65_HS1-834228961_62-HQ-83894_Section_6
Agency: FBI
Page 41
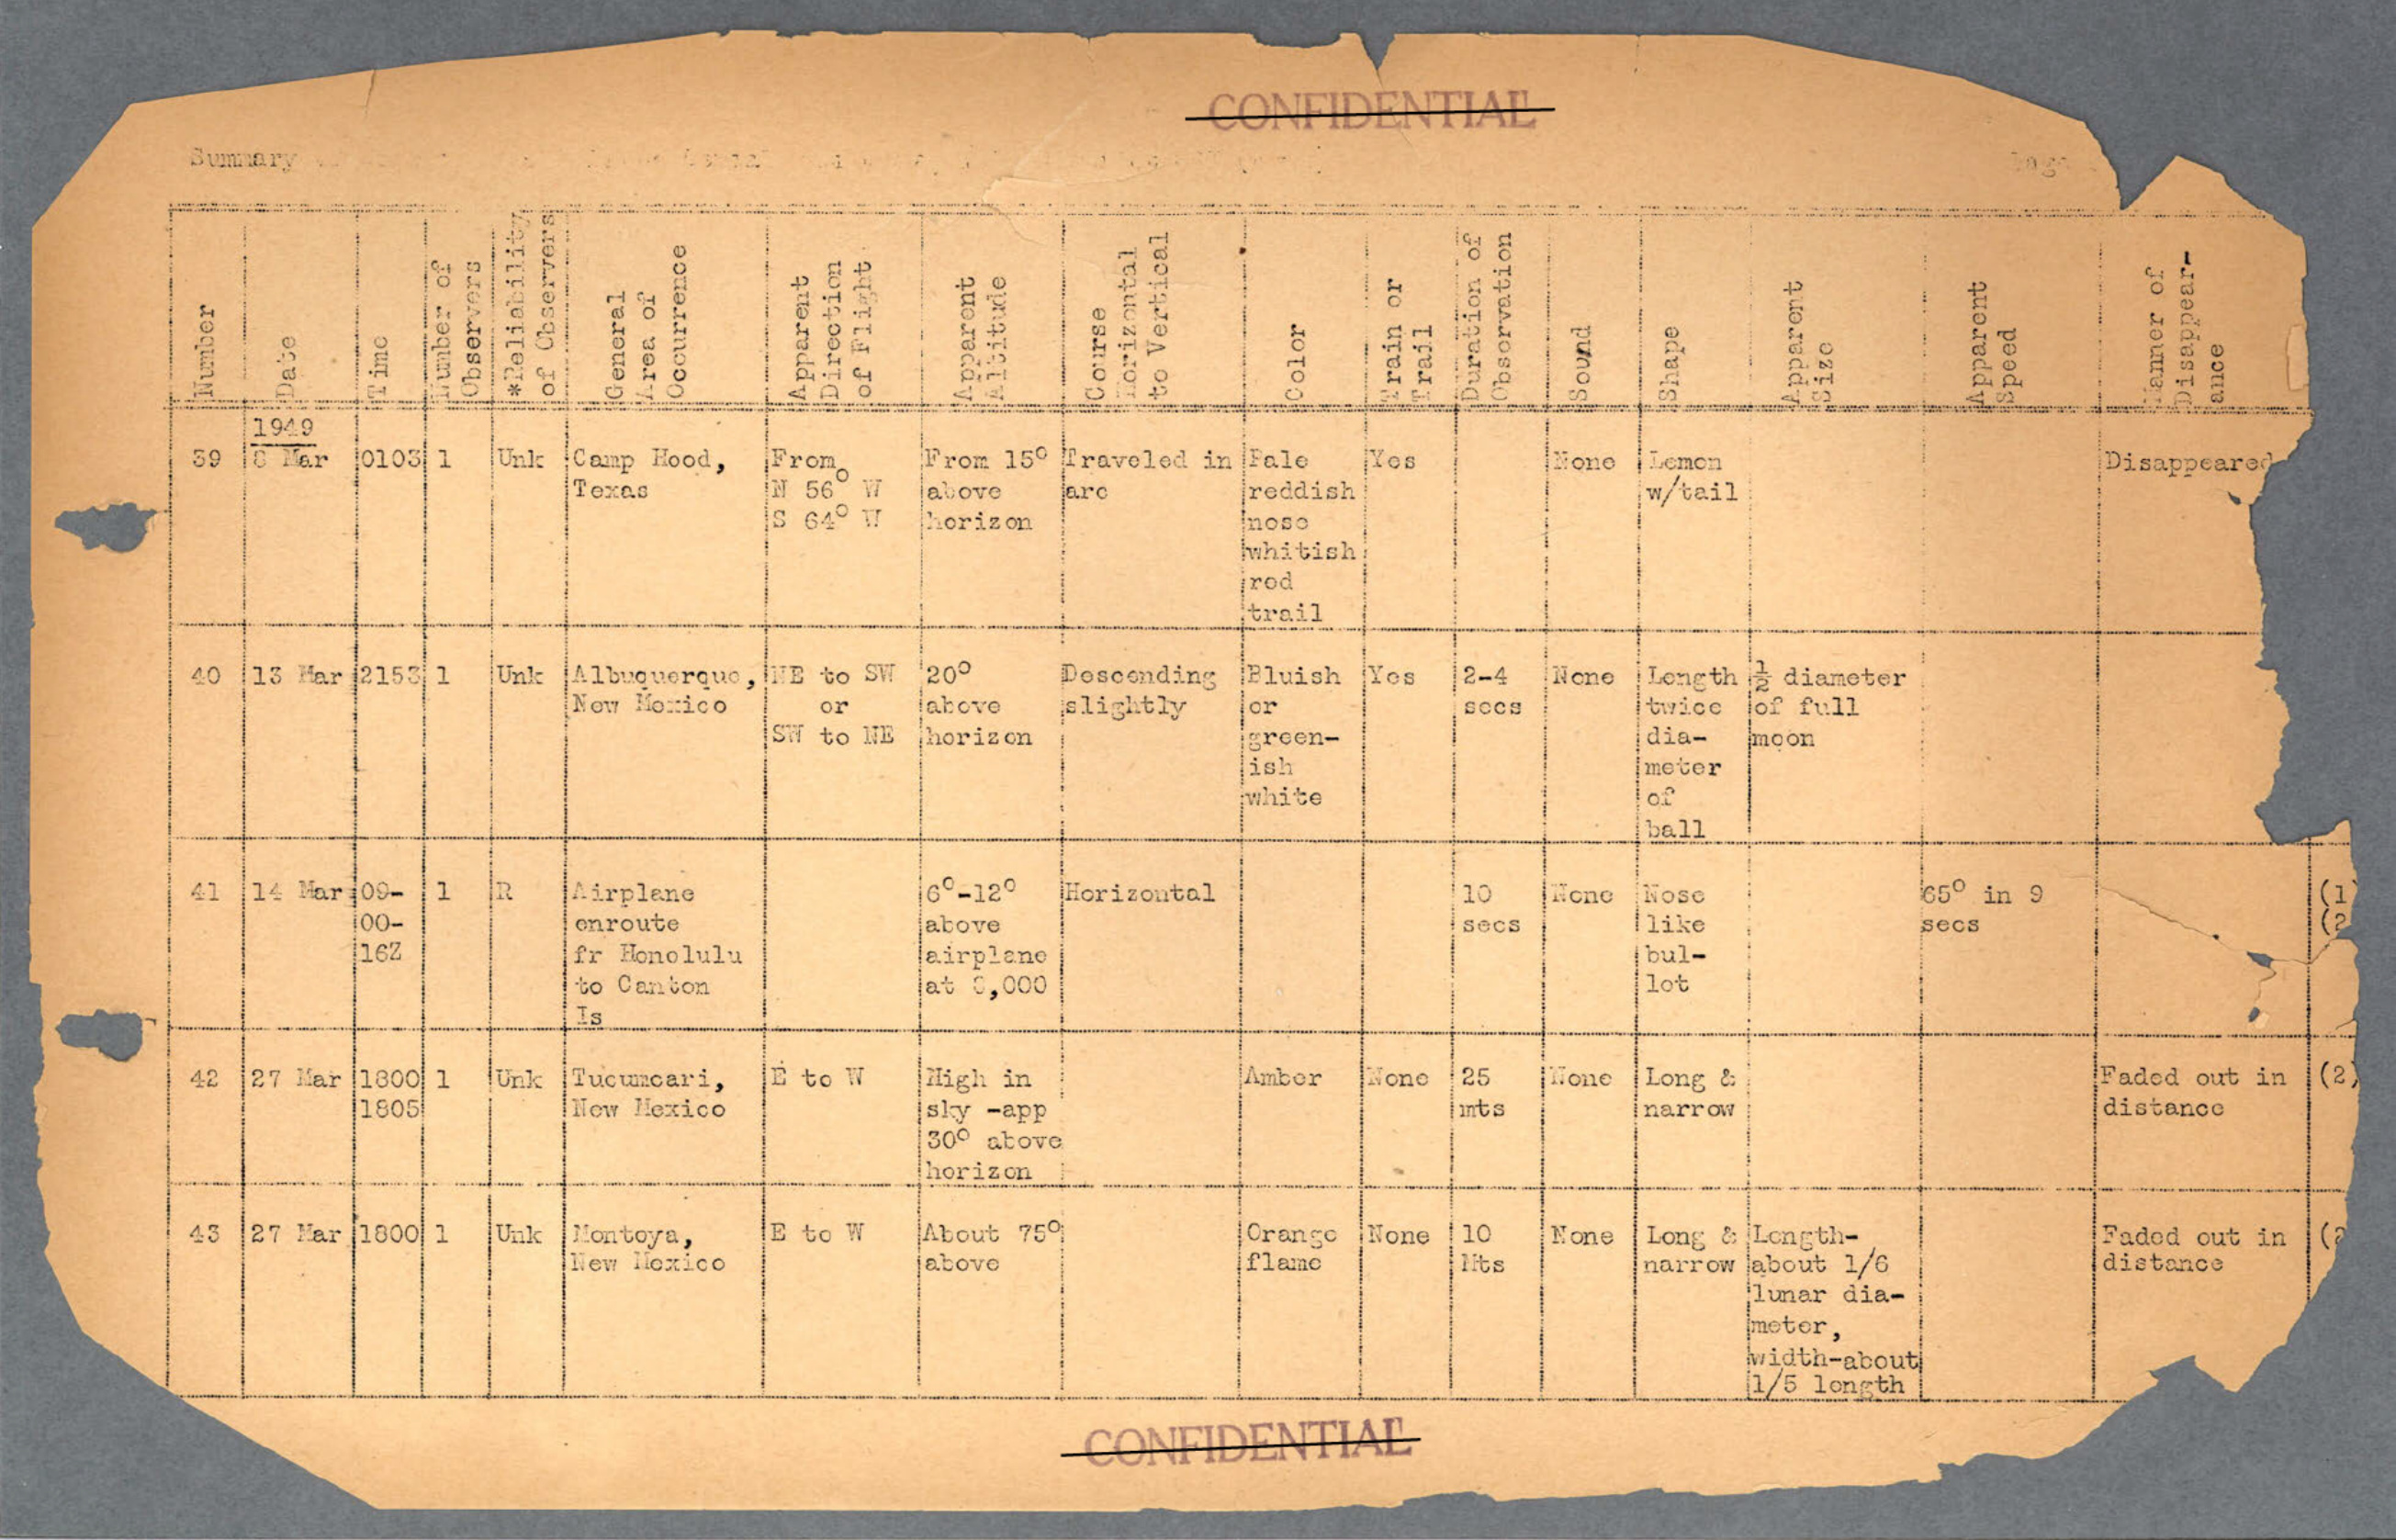